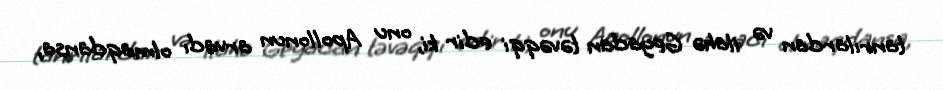
tanrılardan və ilahə Geyadan təvəqqi edir ki, onu Apollonun arvadı olmaqdansa,